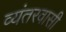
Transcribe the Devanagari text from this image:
व्यंतरवासी